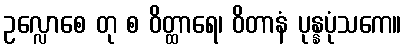
ဥလ္လောစေ တု စ ဝိတ္ထာရေ၊ ဝိတာနံ ပုန္နပုံသကေ။